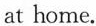
at home.